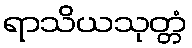
ရာသိယသုတ္တံ